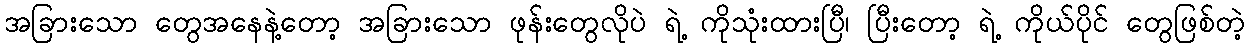
အခြားသော တွေအနေနဲ့တော့ အခြားသော ဖုန်းတွေလိုပဲ ရဲ့ ကိုသုံးထားပြီ၊ ပြီးတော့ ရဲ့ ကိုယ်ပိုင် တွေဖြစ်တဲ့